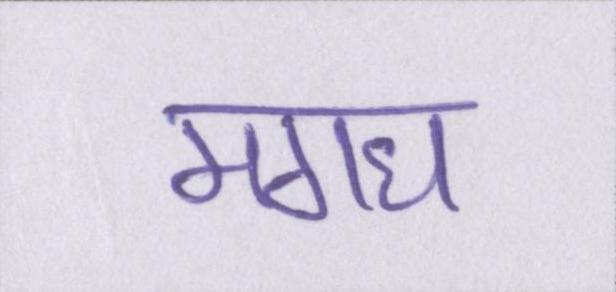
मगध